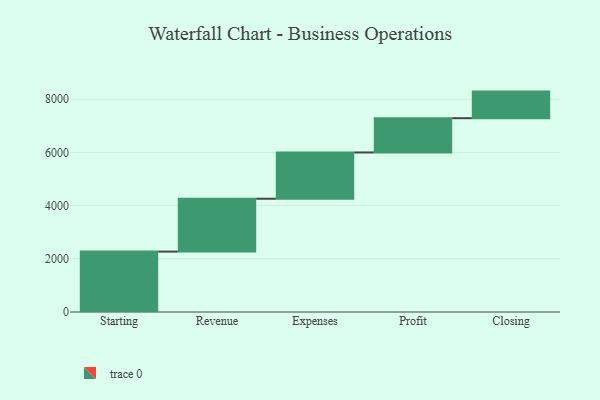
{"axis": {"x": "Step", "y": "Value"}, "legend": [""], "data": [{"x": "Starting", "y": 2271.0, "type": ""}, {"x": "Revenue", "y": 1987.0, "type": ""}, {"x": "Expenses", "y": 1740.0, "type": ""}, {"x": "Profit", "y": 1288.0, "type": ""}, {"x": "Closing", "y": 1000, "type": ""}]}